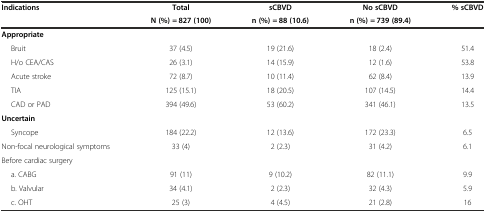
<table><thead><tr><td><b>Indications</b></td><td><b>Total</b></td><td><b>sCBVD</b></td><td><b>No sCBVD</b></td><td><b>% sCBVD</b></td></tr><tr><td></td><td><b>N (%) = 827 (100)</b></td><td><b>n (%) = 88 (10.6)</b></td><td><b>n (%) = 739 (89.4)</b></td><td></td></tr></thead><tbody><tr><td><b>Appropriate</b></td><td></td><td></td><td></td><td></td></tr><tr><td> Bruit</td><td>37 (4.5)</td><td>19 (21.6)</td><td>18 (2.4)</td><td>51.4</td></tr><tr><td> H/o CEA/CAS</td><td>26 (3.1)</td><td>14 (15.9)</td><td>12 (1.6)</td><td>53.8</td></tr><tr><td> Acute stroke</td><td>72 (8.7)</td><td>10 (11.4)</td><td>62 (8.4)</td><td>13.9</td></tr><tr><td> TIA</td><td>125 (15.1)</td><td>18 (20.5)</td><td>107 (14.5)</td><td>14.4</td></tr><tr><td> CAD or PAD</td><td>394 (49.6)</td><td>53 (60.2)</td><td>341 (46.1)</td><td>13.5</td></tr><tr><td><b>Uncertain</b></td><td></td><td></td><td></td><td></td></tr><tr><td> Syncope</td><td>184 (22.2)</td><td>12 (13.6)</td><td>172 (23.3)</td><td>6.5</td></tr><tr><td>Non-focal neurological symptoms</td><td>33 (4)</td><td>2 (2.3)</td><td>31 (4.2)</td><td>6.1</td></tr><tr><td>Before cardiac surgery</td><td></td><td></td><td></td><td></td></tr><tr><td> a. CABG</td><td>91 (11)</td><td>9 (10.2)</td><td>82 (11.1)</td><td>9.9</td></tr><tr><td> b. Valvular</td><td>34 (4.1)</td><td>2 (2.3)</td><td>32 (4.3)</td><td>5.9</td></tr><tr><td> c. OHT</td><td>25 (3)</td><td>4 (4.5)</td><td>21 (2.8)</td><td>16</td></tr></tbody></table>